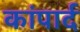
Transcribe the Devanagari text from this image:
कांपार्द